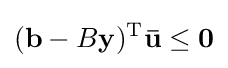
(\mathbf {b} -B\mathbf {y} )^{\mathrm {T} }\mathbf {\bar {u}} \leq \mathbf {0}